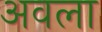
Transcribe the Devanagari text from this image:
अवला